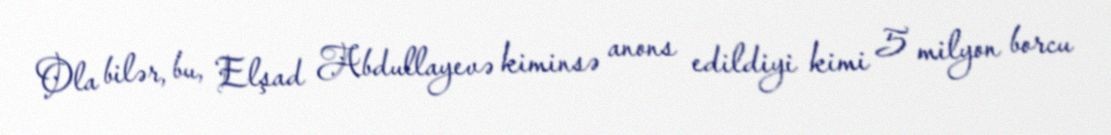
Ola bilər, bu, Elşad Abdullayevə kiminsə anons edildiyi kimi 5 milyon borcu